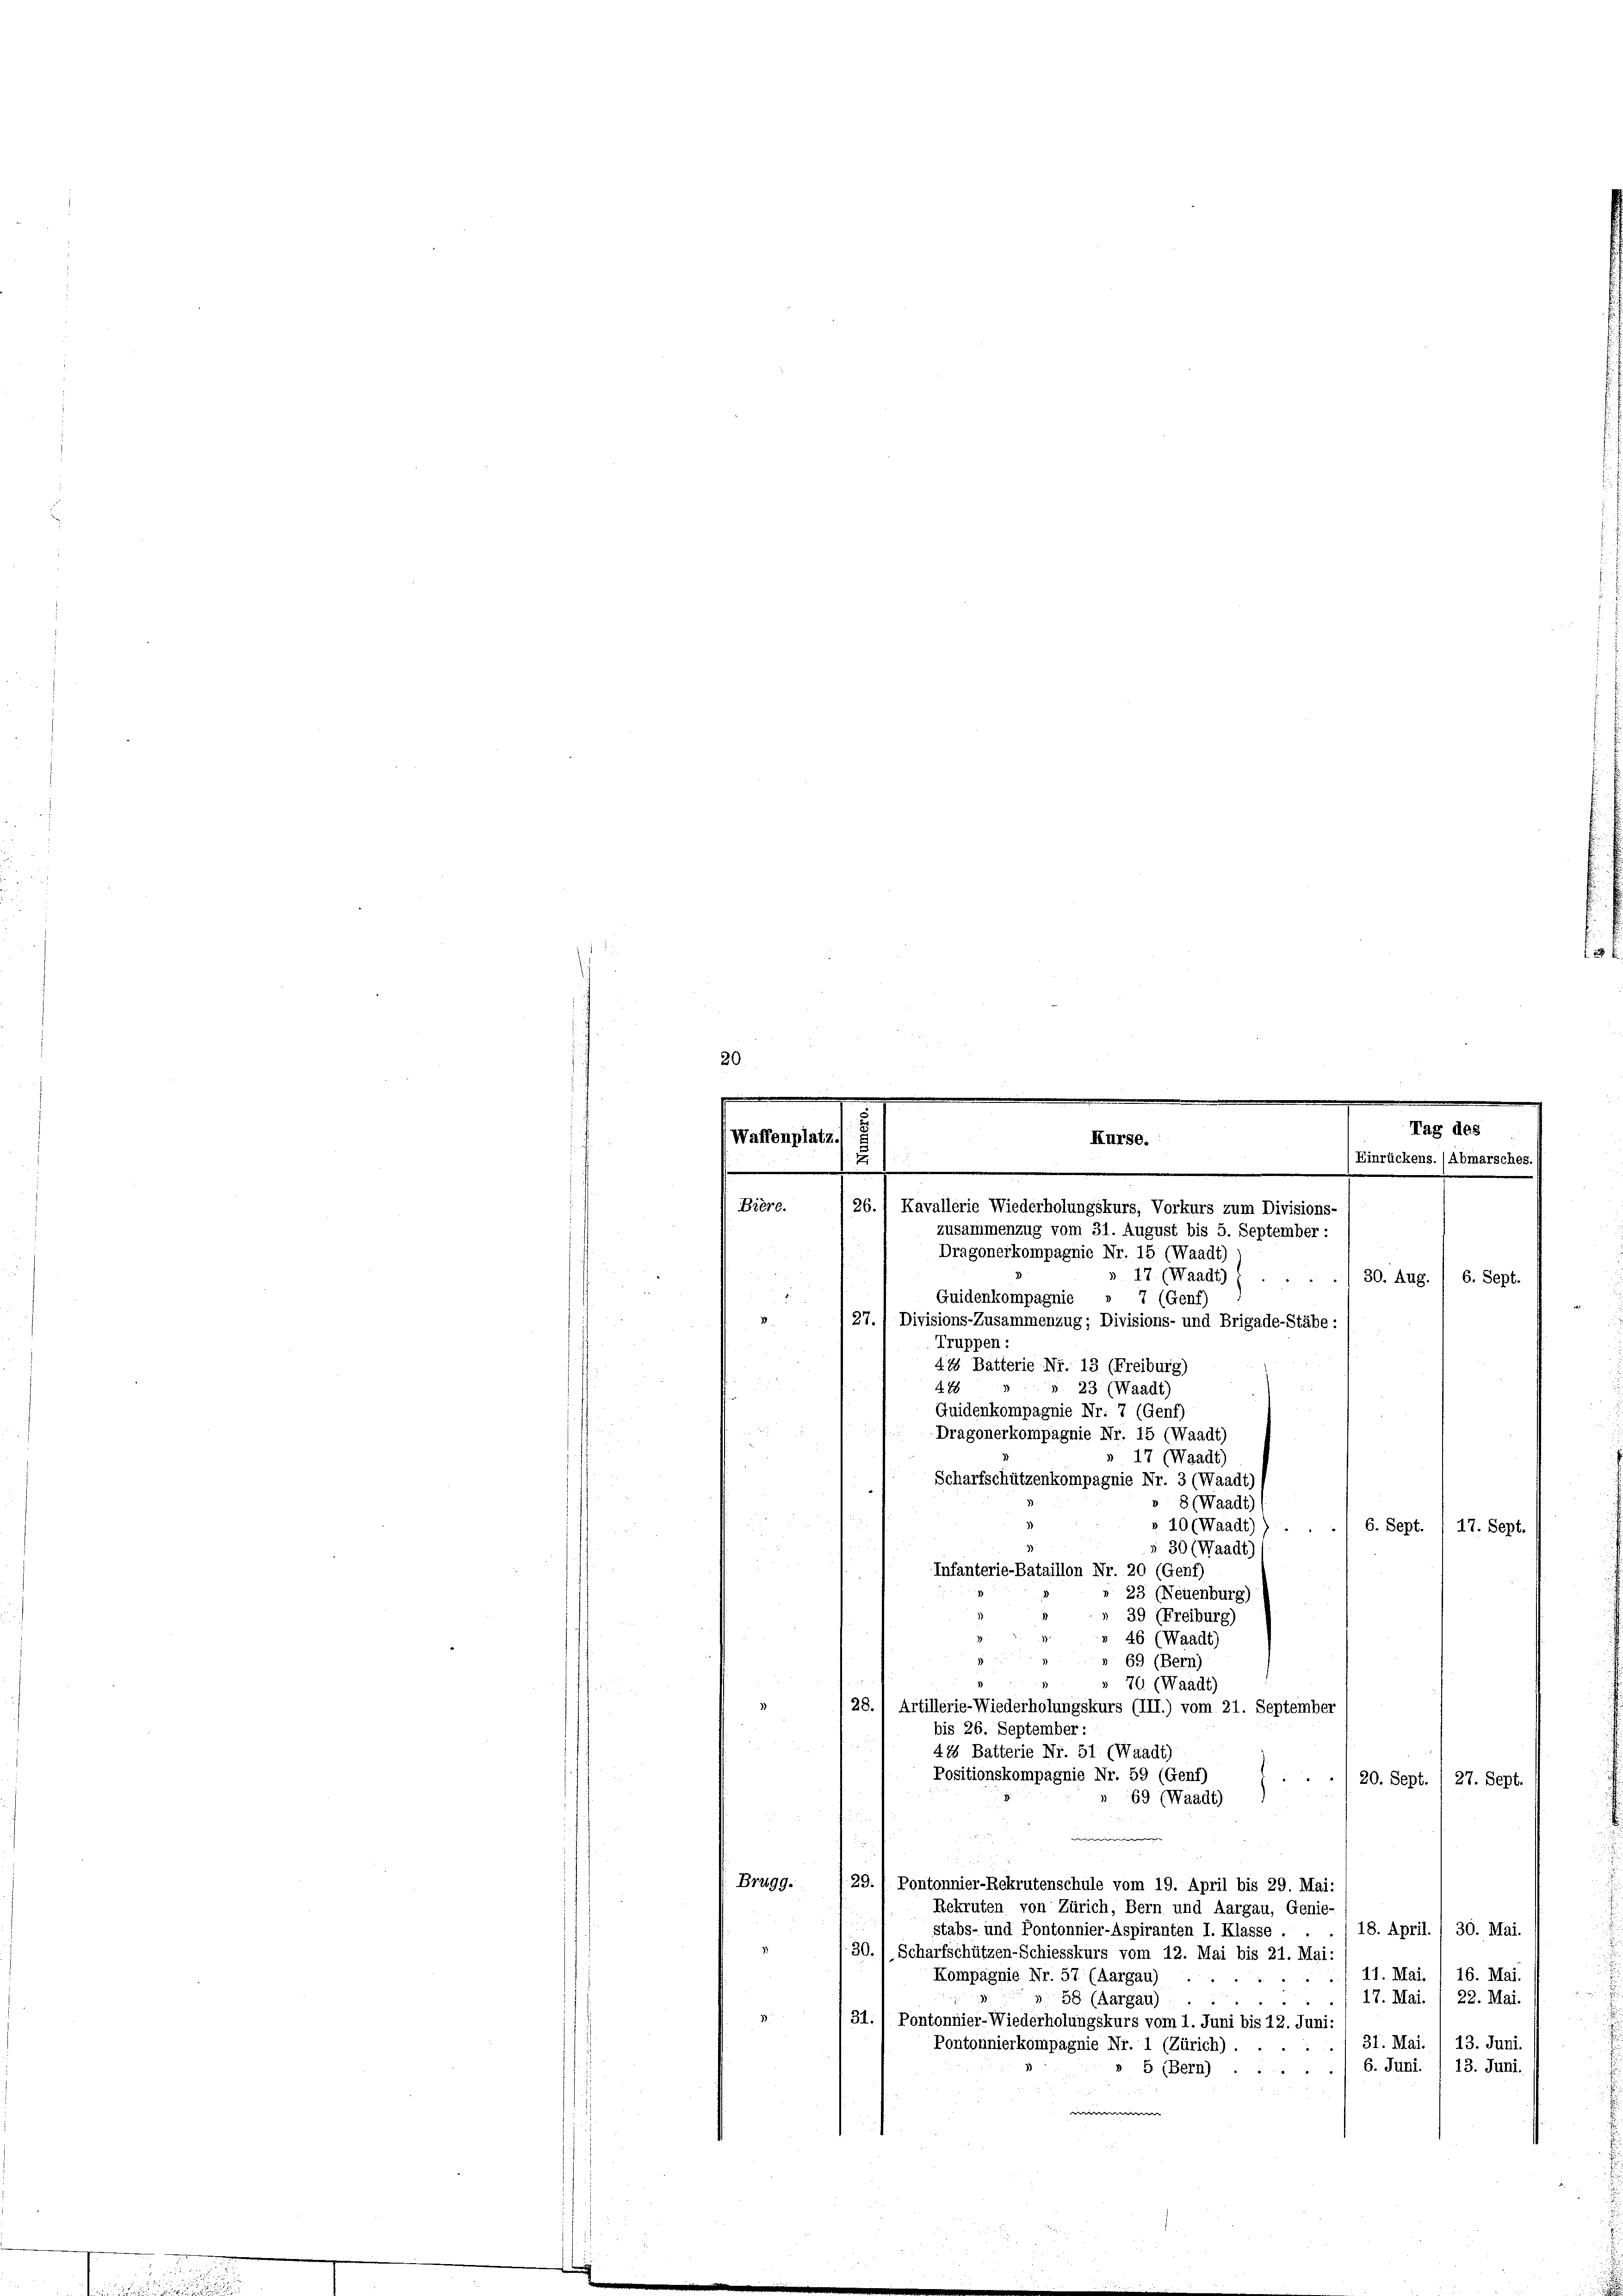
2 x
20
.

s
Tag des
Waffenplatz
Kurse.
¬
2
Einrückens. (Abmarsches.
.
.
Bière.
26.1 Kavallerie Wiederholungskurs, Vorkurs zum Divisions-
zusammenzug vom 31. August bis 5. September :

Dragonerkompagnie Nr. 15 (Waadt)
17 (Waadt)
30. Aug. / 6. Sept.
2
7 (Genf)
Guidenkompagnie
» 127./ Divisions-Zusammenzug; Divisions- und Brigade-Stäbe :
Truppen:
5
415 Batterie Nr. 13 (Freiburg)
 x
488
s 23 (Waadt)
Quidenkompagnie Nr. 7 (Genf)
Dragonerkompagnie Nr. 15 (Waadt)
17 (Waadt)
Scharfschützenkompagnie Nr. 3 (Waadt)
8 (Waadt)
r 10 (Waadt)
6. Sept. / 17. Sept.
§ 30 (Waadt)
Infanterie-Bataillon Nr. 20 (Genf)
» 23 (Neuenburg)
39 (Freiburg)
46 (Waadt)
» 69 (Bern)
76 (Waadt)
28.) Artillerie-Wiederholungskurs (III.) vom 21. September
bis 26. September :
415 Batterie Nr. 51 (Waadt)
Positionskompagnie Nr. 59 (Genf)
20. Sept. 1 27. Sept.
69 (Waadt)
Brugg.
29. / Pontonnier-Rekrutenschule vom 19. April bis 29. Mai:
Rekruten von Zürich, Bern und Aargau, Genie-
18. April. 1 30. Mai.
Stabs- und Pontonnier-Aspiranten I. Klasse
f. 30. / Scharfschützen-Schiesskurs vom 12. Mai bis 21. Mai:
16. Mai.
11. Mai.
Kompagnie Nr. 57 (Aargau)
17. Mai. / 22. Mai.
58 (Aargau)
31. / Pontonnier-Wiederholungskurs vom 1. Juni bis 12. Juni:
31. Mai. /13. Juni.
Pontonnierkompagnie Nr. 1 (Zürich).
6. Juni / 13. Juni.
» 5 (Bern).
e